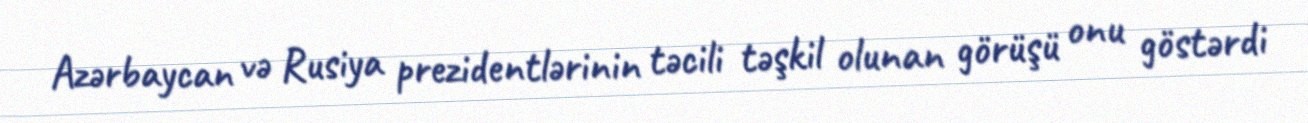
Azərbaycan və Rusiya prezidentlərinin təcili təşkil olunan görüşü onu göstərdi